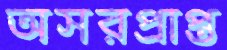
অসরপ্রাপ্ত